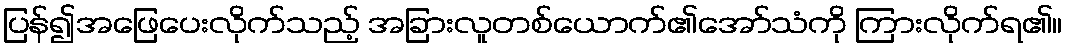
ပြန်၍အဖြေပေးလိုက်သည့် အခြားလူတစ်ယောက်၏အော်သံကို ကြားလိုက်ရ၏။